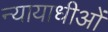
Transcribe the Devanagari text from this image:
न्यायाधीओं